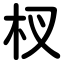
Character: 杈